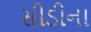
સીડીના